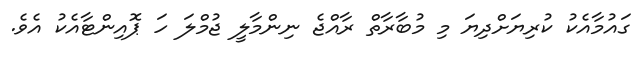
ގައުމާއެކު ކުރިޔަށްދިޔަ މި މުބާރާތް ރާއްޖެ ނިންމާލީ ޖުމްލަ ހަ ޕޮއިންޓާއެކު އެވެ.